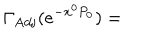
LaTeX: \Gamma _ { \mathrm { A d j } } ( e ^ { - x ^ { 0 } P _ { 0 } } ) =